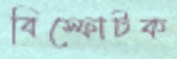
বিস্ফোটক